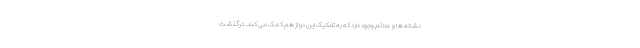
نشانه ها و علائم وجود دارد که به تفکیک این دو از هم کمک می کند. درگذشت